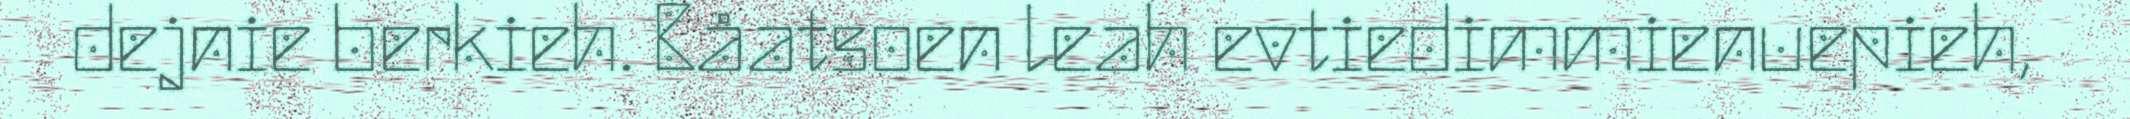
dejnie berkieh. Båatsoen leah evtiedimmienuepieh,